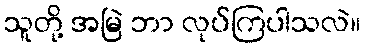
သူတို့ အမြဲ ဘာ လုပ်ကြပါသလဲ။